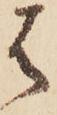
は